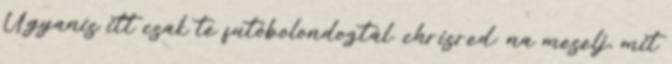
Ugyanis itt csak te futóbolondoztál. chrisred: na meselj, mit